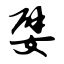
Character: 嬖